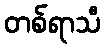
တစ်ရာသီ